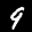
Label: 9